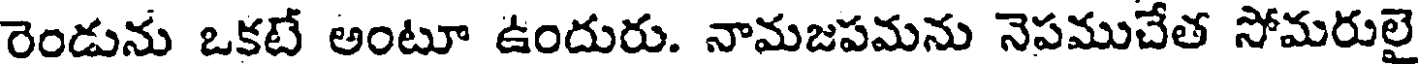
రెండును ఒకటే అంటూ ఉందురు. నామజపమను నెపముచేత సోమరులై